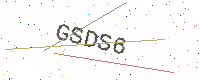
Text: GSDS6